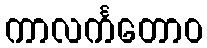
ကာလင်္ကတောဝ